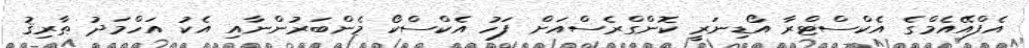
އެފްއޭއެމްގެ އެކްސްޓްރާ އޯޑިނަރީ ކޮންގްރެސްއަށް ފަހު އެކްސްކޯ މެންބަރުންނާއި އެކު އަހްމަދު ޠާރިޤު